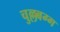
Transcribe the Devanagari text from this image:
चुल्लबग्ग